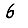
Digit: 6